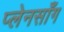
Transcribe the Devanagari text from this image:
प्लेनसाँग